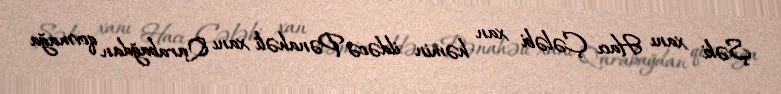
Şəki xanı Hacı Çələbi xan həmin ildəcə Pənahəli xanı Qarabağdan qovmağa